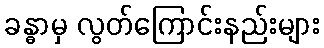
ခန္ဓာမှ လွတ်ကြောင်းနည်းများ